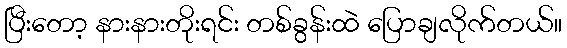
ပြီးတော့ နားနားတိုးရင်း တစ်ခွန်းထဲ ပြောချလိုက်တယ်။